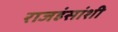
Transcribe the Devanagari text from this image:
राजहंसांशी